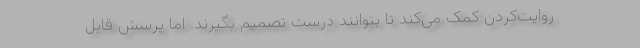
روایت‌کردن کمک می‌کند تا بتوانند درست تصمیم بگیرند. اما پرسش قابل